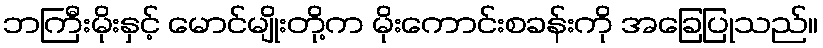
ဘကြီးမိုးနှင့် မောင်မျိုးတို့က မိုးကောင်းစခန်းကို အခြေပြုသည်။